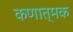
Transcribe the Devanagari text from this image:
कणात्मक